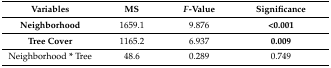
<table><thead><tr><td><b>Variables</b></td><td><b>MS</b></td><td><b><i>F</i>-Value</b></td><td><b>Significance</b></td></tr></thead><tbody><tr><td><b>Neighborhood</b></td><td>1659.1</td><td>9.876</td><td><b>&lt;0.001</b></td></tr><tr><td><b>Tree Cover</b></td><td>1165.2</td><td>6.937</td><td><b>0.009</b></td></tr><tr><td>Neighborhood <b>*</b> Tree</td><td>48.6</td><td>0.289</td><td>0.749</td></tr></tbody></table>